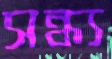
সন্ধ্য